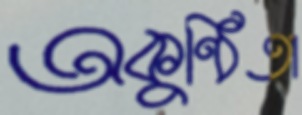
অকুণ্ঠিতা